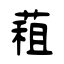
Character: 蒩